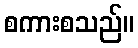
စကားစသည်။